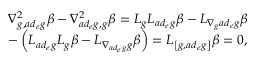
\begin{array} { r l } & { \nabla _ { g , a d _ { e } g } ^ { 2 } \beta - \nabla _ { a d _ { e } g , g } ^ { 2 } \beta = L _ { g } L _ { a d _ { e } g } \beta - L _ { \nabla _ { g } a d _ { e } g } \beta } \\ & { - \left( L _ { a d _ { e } g } L _ { g } \beta - L _ { \nabla _ { a d _ { e } g } g } \beta \right) = L _ { \left[ g , a d _ { e } g \right] } \beta = 0 , } \end{array}